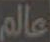
عالم